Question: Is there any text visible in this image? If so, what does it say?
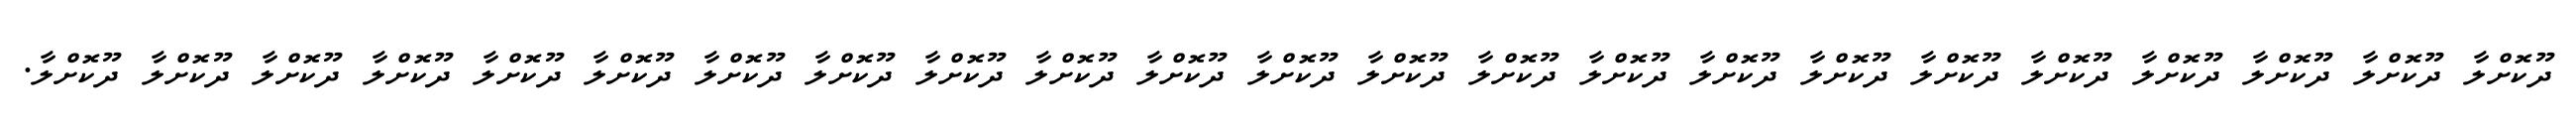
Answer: ދޫކޮށްލާ ދޫކޮށްލާ ދޫކޮށްލާ ދޫކޮށްލާ ދޫކޮށްލާ ދޫކޮށްލާ ދޫކޮށްލާ ދޫކޮށްލާ ދޫކޮށްލާ ދޫކޮށްލާ ދޫކޮށްލާ ދޫކޮށްލާ ދޫކޮށްލާ ދޫކޮށްލާ ދޫކޮށްލާ ދޫކޮށްލާ ދޫކޮށްލާ ދޫކޮށްލާ ދޫކޮށްލާ ދޫކޮށްލާ ދޫކޮށްލާ ދޫކޮށްލާ ދޫކޮށްލާ.